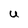
Character: U